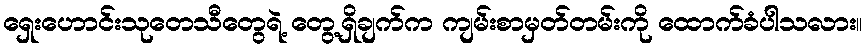
ရှေးဟောင်းသုတေသီတွေရဲ့ တွေ့ရှိချက်က ကျမ်းစာမှတ်တမ်းကို ထောက်ခံပါသလား။